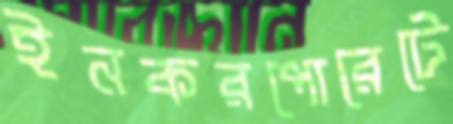
ইনকরপোরেটে